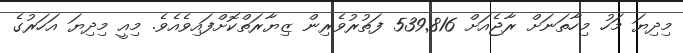
މިދިޔަ މަހު މިހާތަނަށް ރާޖެއަށް 539